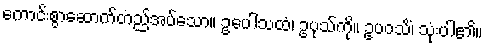
ကောင်းစွာဆောက်တည်အပ်သော။ ဥပေါသထံ၊ ဥပုသ်ကို။ ဥပဝသိံ၊ သုံးပါ၏။